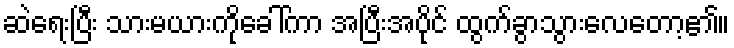
ဆဲရေးပြီး သားမယားကိုခေါ်ကာ အပြီးအပိုင် ထွက်ခွာသွားလေတော့၏။